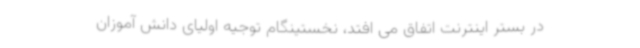
در بستر اینترنت اتفاق می افتد، نخستینگام توجیه اولیای دانش آموزان